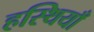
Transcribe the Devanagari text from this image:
हस्थियाँ